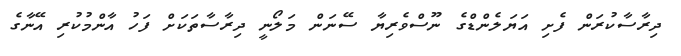
ދިރާސާކުރަން ފެށި އަޔަލެންޑްގެ ނޫސްވެރިޔާ ސޭނަން މަލޯނީ ދިރާސާތަކަށް ފަހު އާންމުކުރި އޭނާގެ